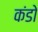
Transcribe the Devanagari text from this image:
कंडो